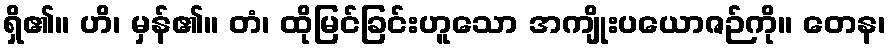
ရှိ၏။ ဟိ၊ မှန်၏။ တံ၊ ထိုမြင်ခြင်းဟူသော အကျိုးပယောဇဉ်ကို။ တေန၊